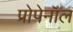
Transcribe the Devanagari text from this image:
प्रोपेनॉल